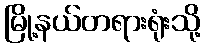
မြို့နယ်တရားရုံးသို့